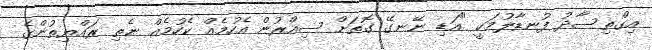
އިގްތިސާދު ފުނޑާލުމަކީ "އަޑި ނޭނގޭ ގޮތަށް ސިއްރުން އެހުމެއް ކެހުމެއް ނެތި ރައްޔިތުންގެ